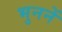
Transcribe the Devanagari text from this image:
भुननें